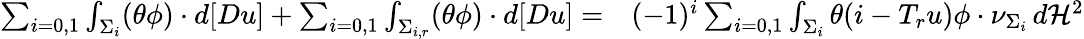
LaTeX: \begin{array}{rl}{\sum_{i=0,1}\int_{\Sigma_{i}}(\theta\phi)\cdot d[Du]+\sum_{i=0,1}\int_{\Sigma_{i,r}}(\theta\phi)\cdot d[Du]=}&{{}(-1)^{i}\sum_{i=0,1}\int_{\Sigma_{i}}\theta(i-T_{r}u)\phi\cdot\nu_{\Sigma_{i}}\, d\mathcal H^{2}}\end{array}